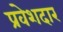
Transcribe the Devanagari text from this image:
प्रवेशदार